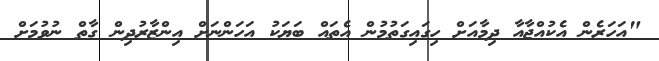
"އަހަރެން އެކުއްޖާއާ ދިމާއަށް ހިގައިގަތުމުން އެތައް ބަޔަކު އަހަންނަށް އިންޒާރުދިން ގާތް ނުވުމަށް